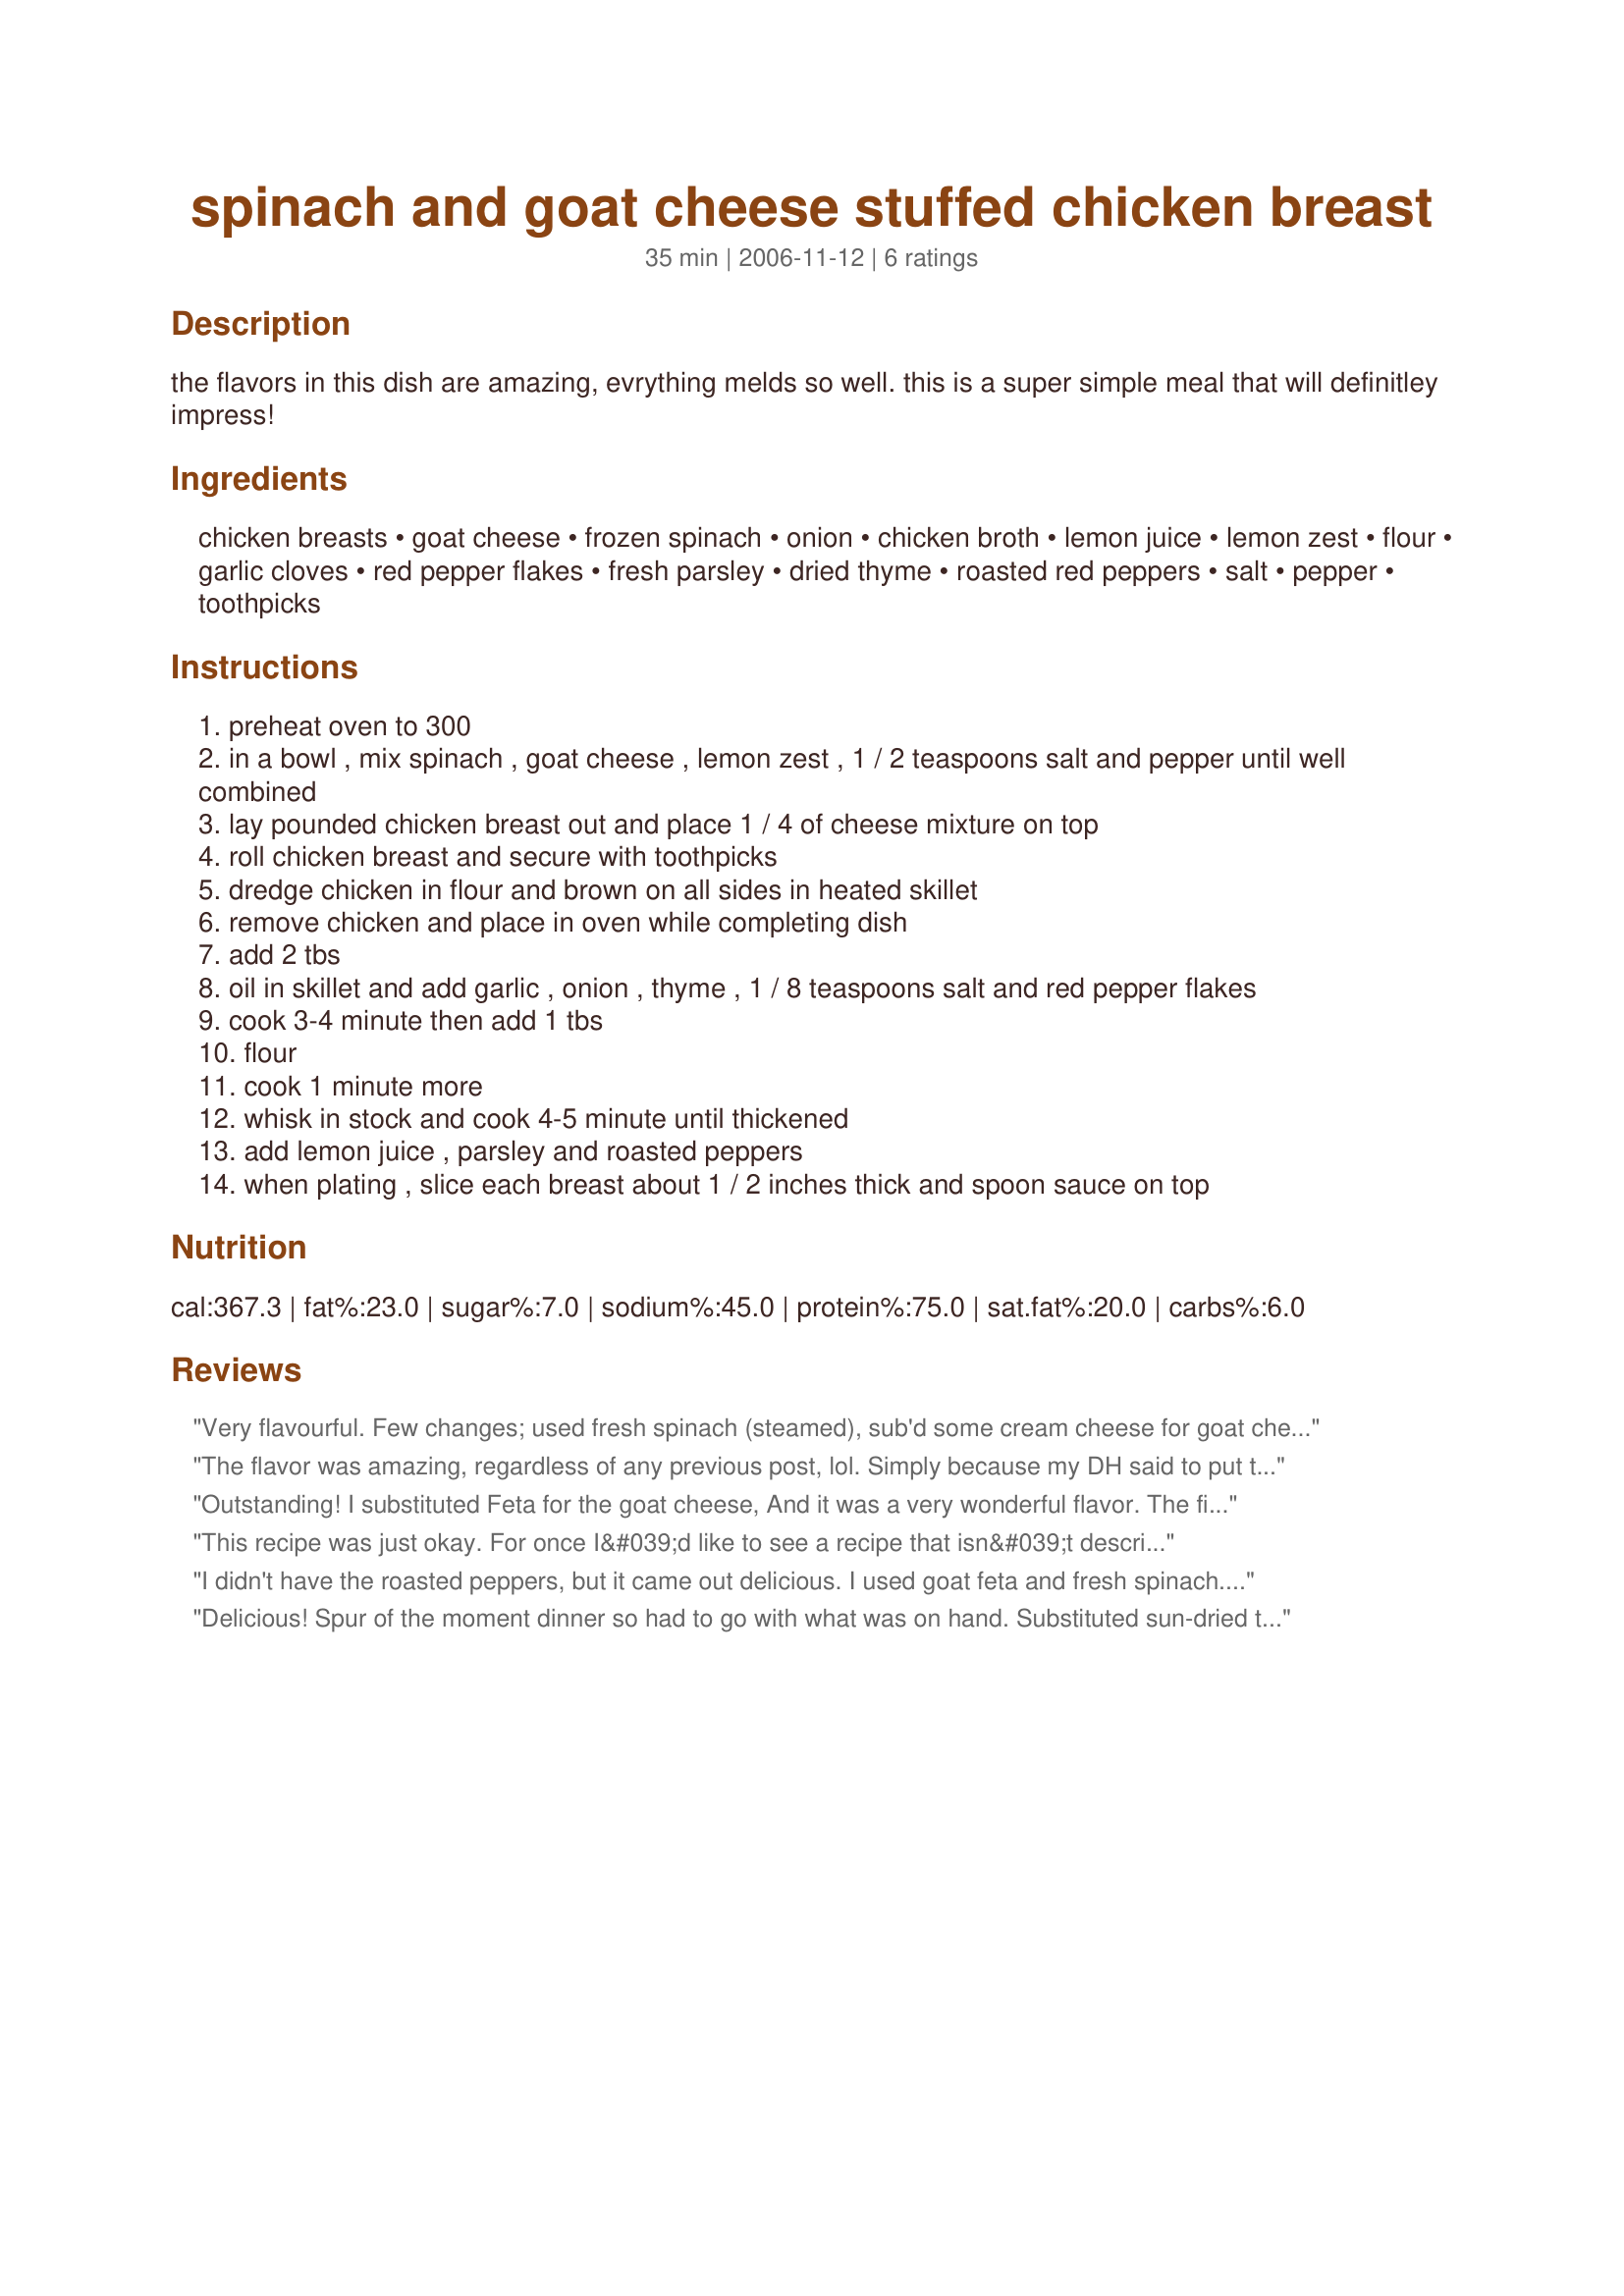
spinach and goat cheese stuffed chicken breast
Preparation time: 35 minutes

the flavors in this dish are amazing, evrything melds so well. this is a super simple meal that will definitley impress!

Ingredients:
chicken breasts, goat cheese, frozen spinach, onion, chicken broth, lemon juice, lemon zest, flour, garlic cloves, red pepper flakes, fresh parsley, dried thyme, roasted red peppers, salt, pepper, toothpicks

Steps:
preheat oven to 300
in a bowl , mix spinach , goat cheese , lemon zest , 1 / 2 teaspoons salt and pepper until well combined
lay pounded chicken breast out and place 1 / 4 of cheese mixture on top
roll chicken breast and secure with toothpicks
dredge chicken in flour and brown on all sides in heated skillet
remove chicken and place in oven while completing dish
add 2 tbs
oil in skillet and add garlic , onion , thyme , 1 / 8 teaspoons salt and red pepper flakes
cook 3-4 minute then add 1 tbs
flour
cook 1 minute more
whisk in stock and cook 4-5 minute until thickened
add lemon juice , parsley and roasted peppers
when plating , slice each breast about 1 / 2 inches thick and spoon sauce on top

Reviews:
Very flavourful. Few changes; used fresh spinach (steamed), sub'd some cream cheese for goat cheese, added a layer of prosciutto, sub'd lemon pepper for zest and banana peppers for roasted peppers. Also cut the sauce in half and found it perfect for us. Tasty recipe, thanks for sharing.
The flavor was amazing, regardless of any previous post, lol. Simply because my DH said to put this on the recommended list! We had some goat cheese left over from New Year&#039;s Eve and thought we would try this. My DH approved and he is NOT of fan of spinach(I used fresh) and only had the goat cheese once before in a salad. No roasted peppers were in house, so they were omitted. Suggestion: The order of ingredients is not as actually used. Also, a specified time in the oven would be helpful(I baked them @ 350 for 30 minutes).
Outstanding! 
I substituted Feta for the goat cheese, And it was a very wonderful flavor. 
The first time I made this dish with the sauce, the 2nd time without. 
I liked it best withough. Thanks for sharing KLBoyle :)
This recipe was just okay. For once I&#039;d like to see a recipe that isn&#039;t described as &quot;amazing&quot; or &quot;awesome&quot; when it&#039;s not.
I didn't have the roasted peppers, but it came out delicious. I used goat feta and fresh spinach. I also used less thyme than recommended. Overall, tastier than I had anticipated. I was thinking I had to season the chicken first because it might come out bland, but there was so much flavor in the broth that I didn't even notice! I did see that the recipe didn't have a time for how long the chicken should be in the oven. But the slices of chicken were so thin that they cooked quickly on the stove. I highly recommend it. Very juicy and flavorful. I had a kick to it! Next time I would probably not put as much red pepper flakes in it so my child could eat it.
Delicious! Spur of the moment dinner so had to go with what was on hand. Substituted sun-dried tomatoes for roasted peppers. Everything else stayed the same.

Will definitely make it again.
